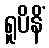
ရူပိနိံ